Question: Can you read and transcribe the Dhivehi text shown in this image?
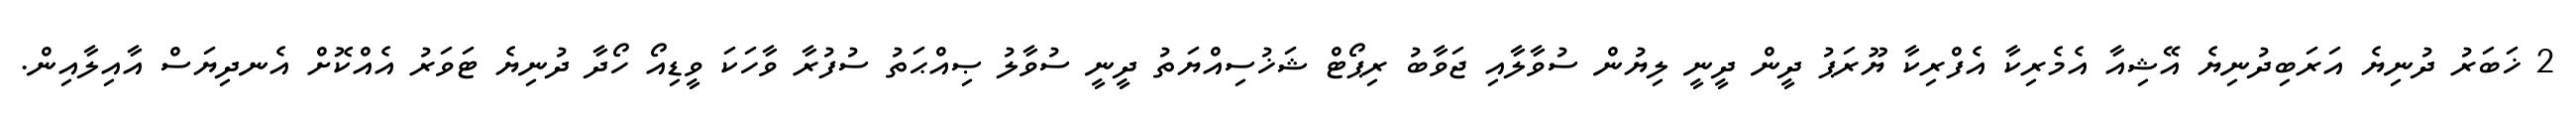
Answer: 2 ޚަބަރު ދުނިޔެ އަރަބިދުނިޔެ އޭޝިއާ އެމެރިކާ އެފްރިކާ ޔޫރަޕު ދީން ދީނީ ލިޔުން ސުވާލާއި ޖަވާބު ރިޕޯޓް ޝަޚުސިއްޔަތު ދީނީ ސުވާލު ޞިއްޙަތު ސުފުރާ ވާހަކަ ވީޑިއޯ ހޯދާ ދުނިޔެ ޓަވަރު އެއްކޮށް އެނދިޔަސް އާއިލާއިން.